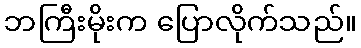
ဘကြီးမိုးက ပြောလိုက်သည်။